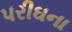
પરીઘના